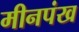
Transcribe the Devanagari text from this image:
मीनपंख